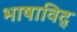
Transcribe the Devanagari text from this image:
भाषाविद्‍